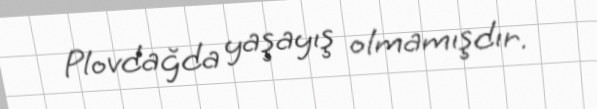
Plovdağda yaşayış olmamışdır.